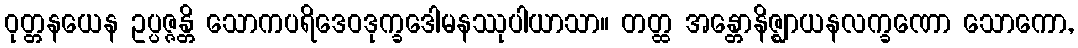
ဝုတ္တနယေန ဥပ္ပဇ္ဇန္တိ သောကပရိဒေဝဒုက္ခဒေါမနဿုပါယာသာ။ တတ္ထ အန္တောနိဇ္ဈာယနလက္ခဏော သောကော,